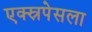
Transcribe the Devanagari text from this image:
एक्स्रपेसला